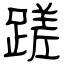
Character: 蹉